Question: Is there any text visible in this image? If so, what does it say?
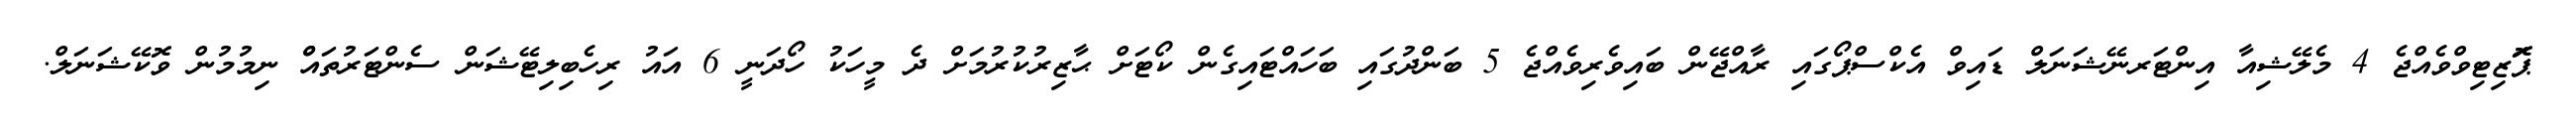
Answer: ޕަޮޒިޓިވްވެއްޖެ 4 މެލޭޝިއާ އިންޓަރނޭޝަނަލް ޑައިވް އެކްސްޕޯގައި ރާއްޖޭން ބައިވެރިވެއްޖެ 5 ބަންދުގައި ބަހައްޓައިގެން ކޯޓަށް ޙާޒިރުކުރުމަށް ދެ މީހަކު ހޯދަނީ 6 އައު ރިހެބިލިޓޭޝަން ސެންޓަރުތައްް ނިމުމުން ވޮކޭޝަނަލް.